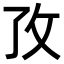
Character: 𭣡